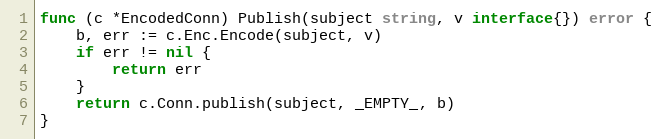
Language: Go
func (c *EncodedConn) Publish(subject string, v interface{}) error {
	b, err := c.Enc.Encode(subject, v)
	if err != nil {
		return err
	}
	return c.Conn.publish(subject, _EMPTY_, b)
}